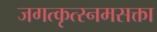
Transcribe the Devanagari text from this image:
जगत्कृत्स्नमसक्ता